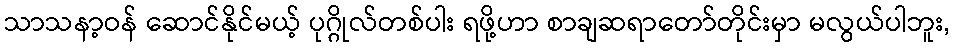
သာသနာ့ဝန် ဆောင်နိုင်မယ့် ပုဂ္ဂိုလ်တစ်ပါး ရဖို့ဟာ စာချဆရာတော်တိုင်းမှာ မလွယ်ပါဘူး,